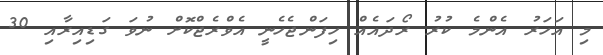
މި އަހަރު އެންމެ ކުރު ރޯދައެއް ހިފަންޖެހެނީ އެވްރެޖްކޮށް ނުވަ ގަޑިއިރާއި 30